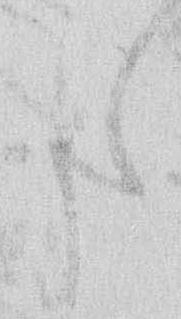
た